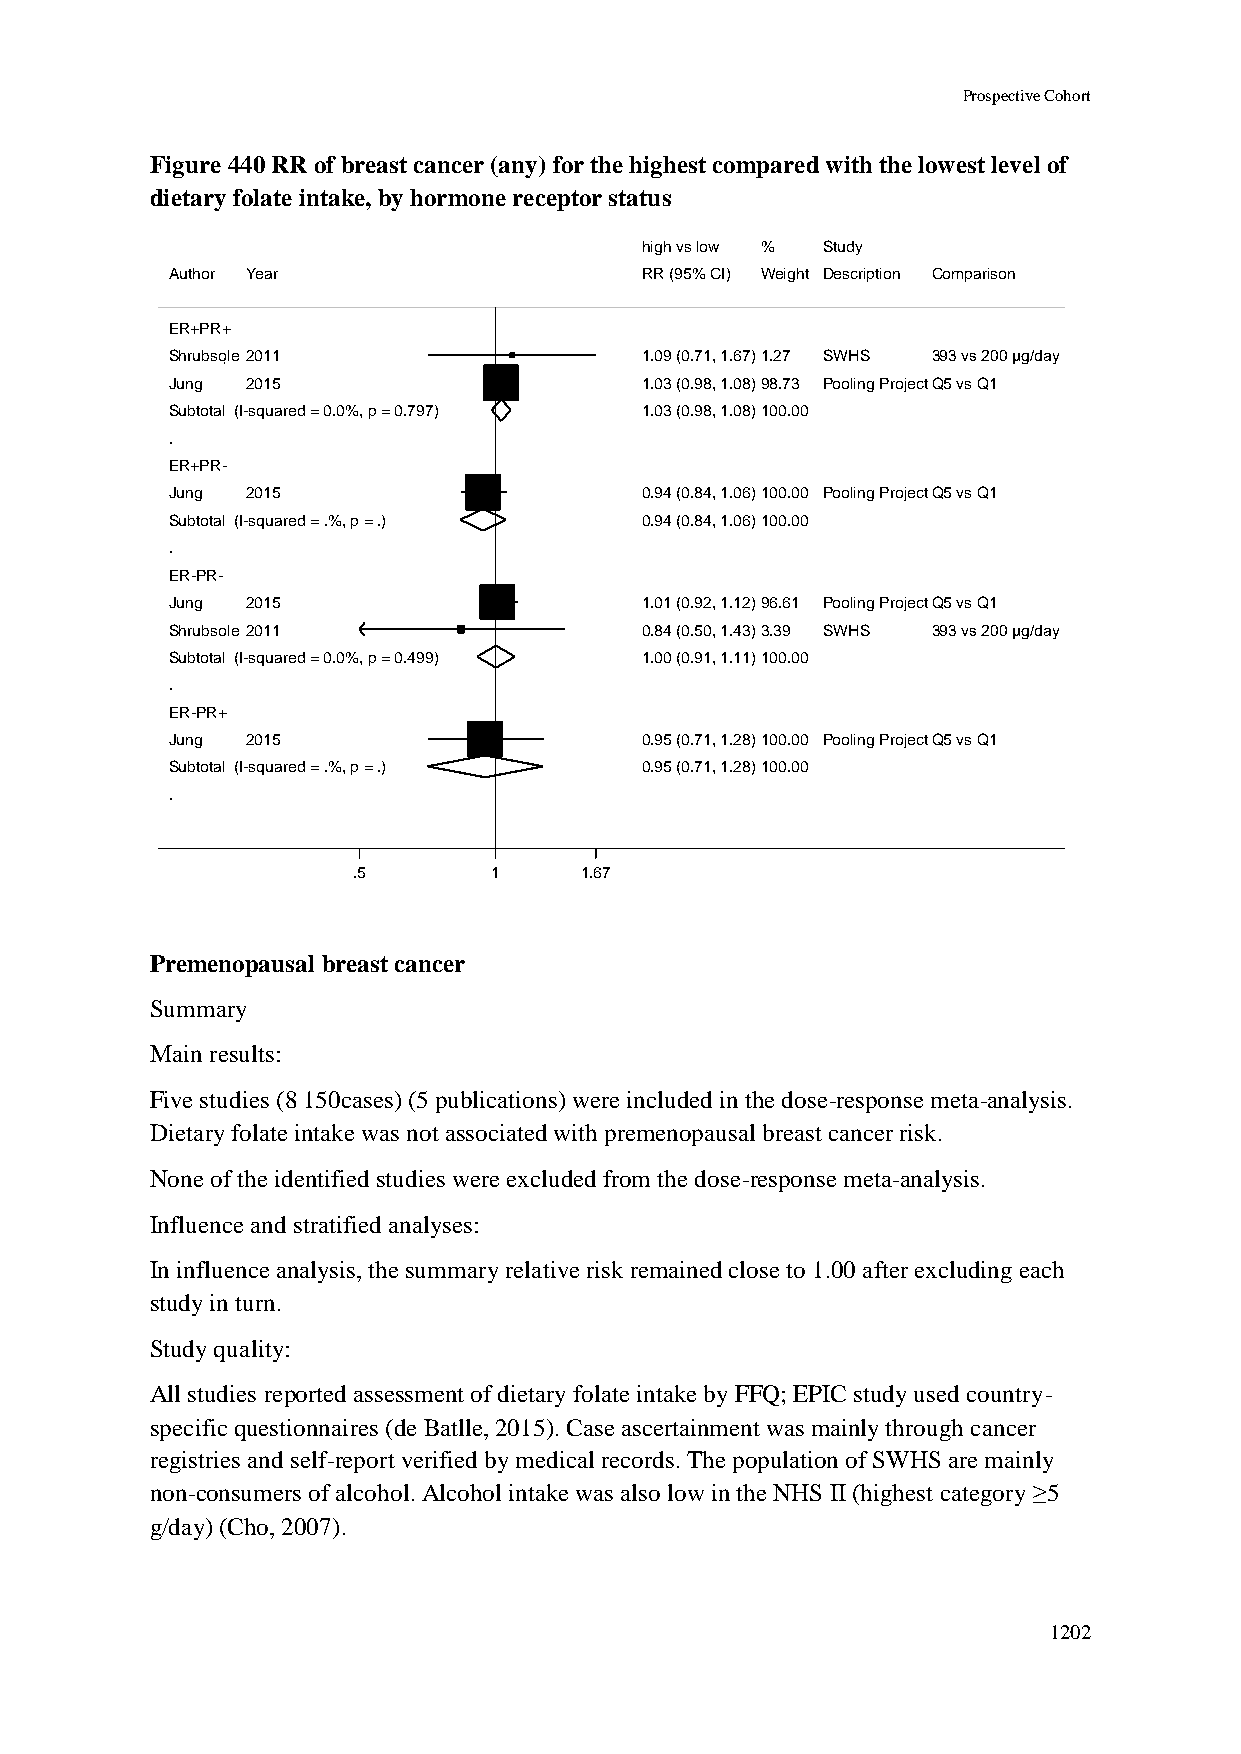
Prospective Cohort
 Figure 440 RR of breast cancer (any) for the highest compared with the lowest level of
 dietary folate intake, by hormone receptor status
 hhiigghh vvss llooww %% Study
 Author Year                    RRRR ((9955%% CCII)) WWeeiigghhtt Description Comparison
 ER+PR+
 Shrubsole 2011                 11..0099 ((00..7711,, 11..6677))11..2277 SWHS 393 vs 200 µg/day
 Jung 2015                      11..0033 ((00..9988,, 11..0088))9988..7733 Pooling ProjectQ5 vs Q1
 Subtotal (I-squared = 0.0%, p = 0.797) 11..0033 ((00..9988,, 11..0088))110000..0000
 .
 ER+PR-
 Jung 2015                      00..9944 ((00..8844,, 11..0066))110000..0000 Pooling ProjectQ5 vs Q1
 Subtotal (I-squared = .%, p = .) 00..9944 ((00..8844,, 11..0066))110000..0000
 .
 ER-PR-
 Jung 2015                      11..0011 ((00..9922,, 11..1122))9966..6611 Pooling ProjectQ5 vs Q1
 Shrubsole 2011                 00..8844 ((00..5500,, 11..4433))33..3399 SWHS 393 vs 200 µg/day
 Subtotal (I-squared = 0.0%, p = 0.499) 11..0000 ((00..9911,, 11..1111))110000..0000
 .
 ER-PR+
 Jung 2015                      00..9955 ((00..7711,, 11..2288))110000..0000 Pooling ProjectQ5 vs Q1
 Subtotal (I-squared = .%, p = .) 00..9955 ((00..7711,, 11..2288))110000..0000
 .
 .5       11    1.67
 Premenopausal breast cancer
 Summary
 Main results:
 Five studies (8 150cases) (5 publications) were included in the dose-response meta-analysis.
 Dietary folate intake was not associated with premenopausal breast cancer risk.
 None of the identified studies were excluded from the dose-response meta-analysis.
 Influence and stratified analyses:
 In influence analysis, the summary relative risk remained close to 1.00 after excluding each
 study in turn.
 Study quality:
 All studies reported assessment of dietary folate intake by FFQ; EPIC study used country-
 specific questionnaires (de Batlle, 2015). Case ascertainment was mainly through cancer
 registries and self-report verified by medical records. The population of SWHS are mainly
 non-consumers of alcohol. Alcohol intake was also low in the NHS II (highest category ≥5
 g/day) (Cho, 2007).
 1202